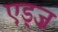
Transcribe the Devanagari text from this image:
एड्ज़